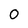
Character: 0